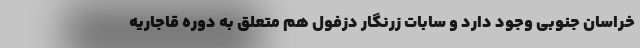
خراسان جنوبی وجود دارد و سابات زرنگار دزفول هم متعلق به دوره قاجاریه